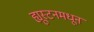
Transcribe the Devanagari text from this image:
ह्यूस्टनमधून